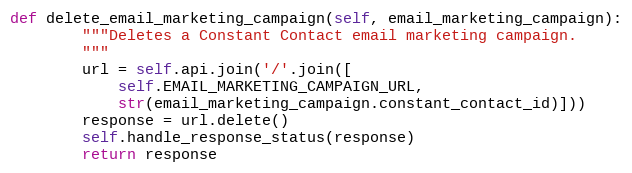
Language: Python
def delete_email_marketing_campaign(self, email_marketing_campaign):
        """Deletes a Constant Contact email marketing campaign.
        """
        url = self.api.join('/'.join([
            self.EMAIL_MARKETING_CAMPAIGN_URL,
            str(email_marketing_campaign.constant_contact_id)]))
        response = url.delete()
        self.handle_response_status(response)
        return response